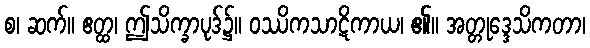
စ၊ ဆက်။ ဧတ္ထ၊ ဤသိက္ခာပုဒ်၌။ ဝဿိကသာဋိကာယ၊ ၏။ အတ္တုဒ္ဒေသိကတာ၊